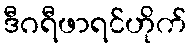
ဒီဂရီဖာရင်ဟိုက်